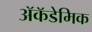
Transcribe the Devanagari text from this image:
ॲकॅडेमिक